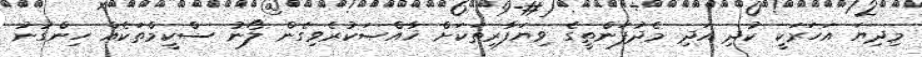
މިދިޔަ އަހަރަކީ ކުދި އަދި މެދުފަންތީގެ ވިޔަފާރިތަކަށް ޚާއްޞަކުރެވިގެން ލޯނު ސްކީމްތަކެއް ހިންގުނު